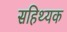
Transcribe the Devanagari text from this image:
सहिथ्यक